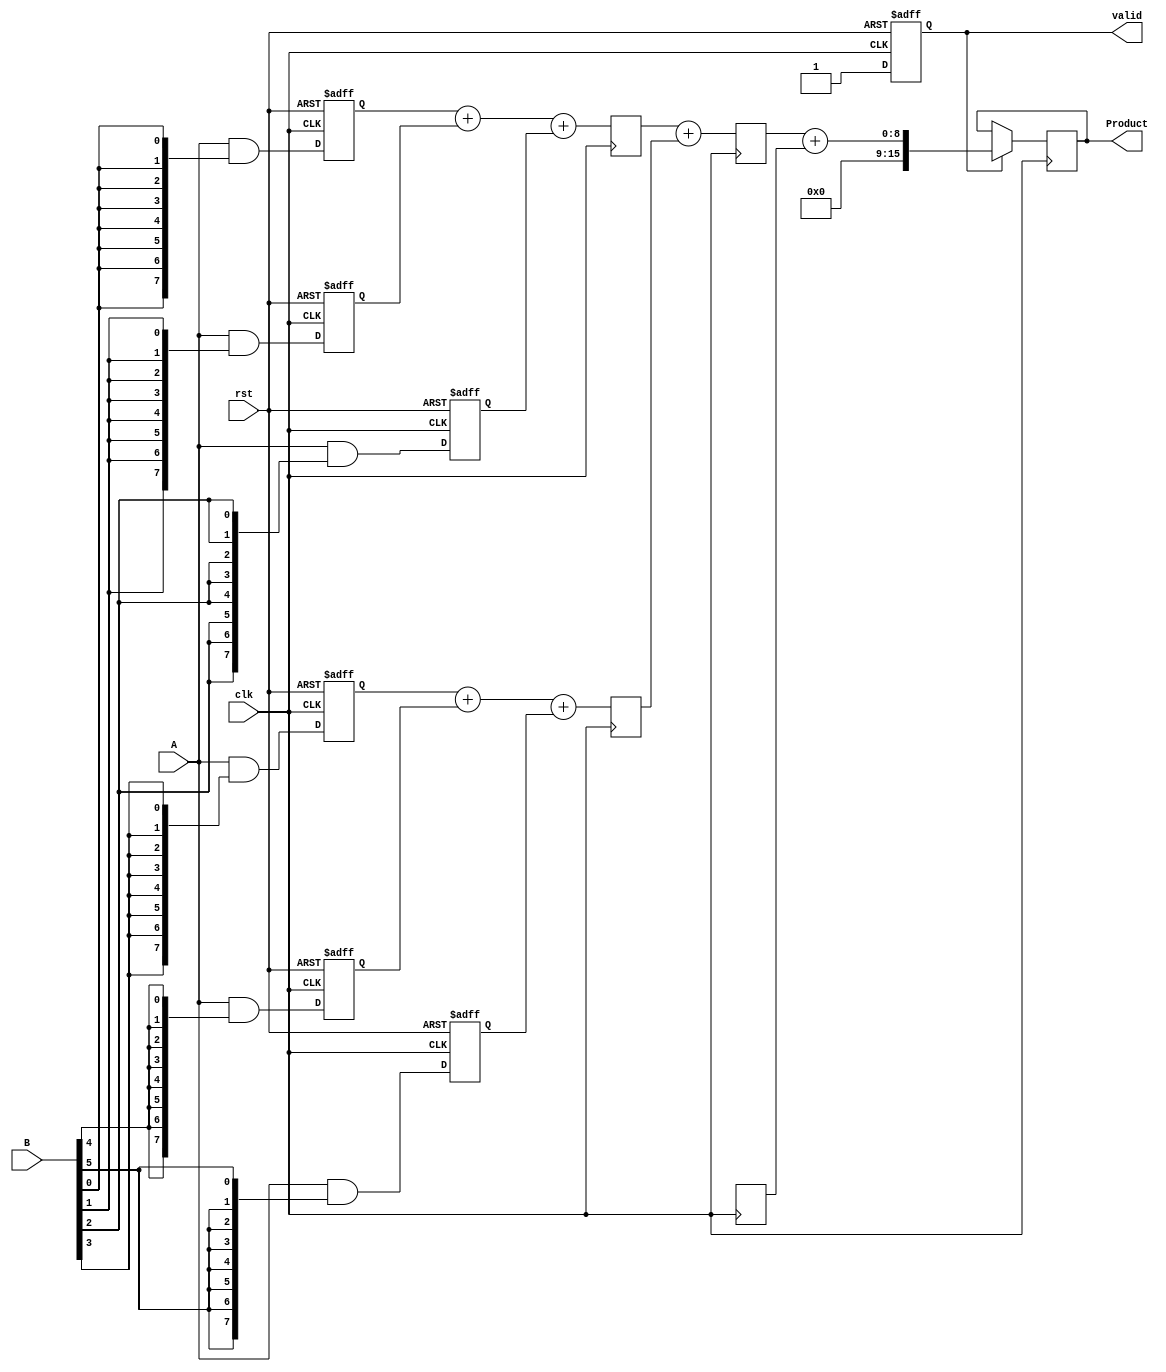
module pipelined_wallace_tree_multiplier #(parameter N = 8) (
    input clk,
    input rst,
    input [N-1:0] A,
    input [N-1:0] B,
    output reg [2*N-1:0] Product,
    output reg valid
);

    reg [N-1:0] partial_products[N-1:0];
    reg [2*N-1:0] stage1_results[N/3-1:0];
    reg [2*N:0] stage2_results[N/3-1:0]; // Carry-save results
    reg [2*N:0] stage3_results[1:0]; // Final reduction

    reg [2*N-1:0] final_sum;
    
    integer i, j;

    // Stage 1: Generate partial products
    always @(posedge clk or posedge rst) begin
        if (rst) begin
            for (i = 0; i < N; i = i + 1) begin
                partial_products[i] <= 0;
            end
            valid <= 0;
        end else begin
            for (i = 0; i < N; i = i + 1) begin
                partial_products[i] <= A & {N{B[i]}};
            end
            valid <= 1;
        end
    end

    // Stage 2: First level of CSA reduction
    always @(posedge clk) begin
        for (i = 0; i < (N + 2) / 3; i = i + 1) begin
            stage1_results[i] = partial_products[3*i] + partial_products[3*i + 1] + partial_products[3*i + 2];
        end
    end

    // Stage 3: Second level of CSA reduction
    always @(posedge clk) begin
        for (i = 0; i < (N+2)/3; i = i + 1) begin
            stage2_results[i] = stage1_results[i] + (i < (N+2)/3 - 1 ? stage1_results[i+1] : 0);
        end
    end

    // Stage 4: Final addition of the remaining two rows
    always @(posedge clk) begin
        if (valid) begin
            final_sum = stage2_results[0] + stage2_results[1];
            Product <= final_sum[N:0]; // Truncate and assign final product
        end
    end

endmodule